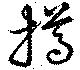
撙